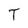
Character: T